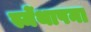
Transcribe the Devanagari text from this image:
स्मेंथापना